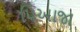
પિઆજા